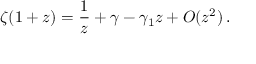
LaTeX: \zeta ( 1 + z ) = { \frac { 1 } { z } } + \gamma - \gamma _ { 1 } z + O ( z ^ { 2 } ) \, .